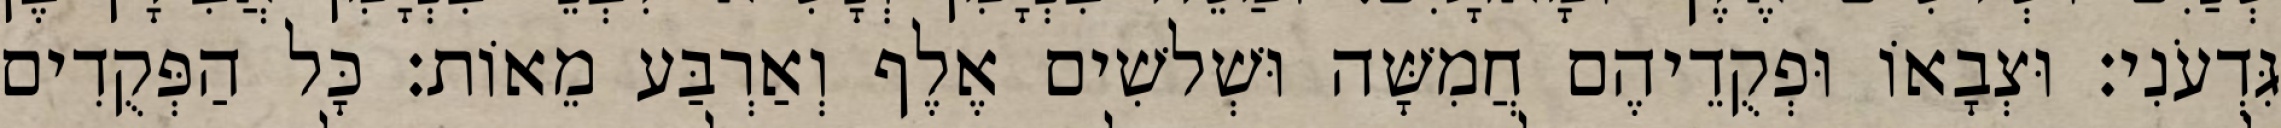
גִּדְעֹנִי׃ וּצְבָאוֹ וּפְקֻדֵיהֶם חֲמִשָּׁה וּשְׁלשִׁים אֶלֶף וְאַרְבַּע מֵאוֹת׃ כָּל הַפְּקֻדִים